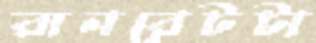
রানরেটটা